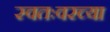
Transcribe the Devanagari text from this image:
स्वतःवरच्या